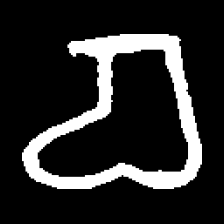
Pyu character \u2014 Myanmar letter: စ (romanized: ca)